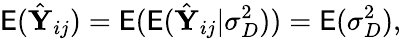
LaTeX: \mathsf E(\hat{\mathbf Y}_{ij})=\mathsf E(\mathsf E(\hat{\mathbf Y}_{ij}|\sigma_{D}^{2}))=\mathsf E(\sigma_{D}^{2}),